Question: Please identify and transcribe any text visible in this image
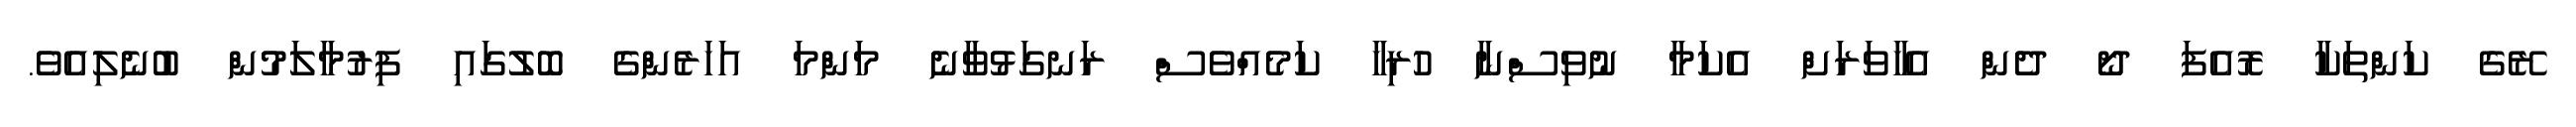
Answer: ރޭގެ ކަންތަކާ ރޮއެފަ ދޯ ދެން އެހާވަރަށް އެކަމާ ނުވިސްނާ ހުރިހާ ކަމެއްވެސް ރަނގަޅުވާނެ މަންމަ އަހަރެންގެ ބޮލުގައި ފިރުމާލަމުން ބުނެލިއެވެ.